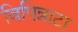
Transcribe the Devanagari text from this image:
बिपिन्नाटा